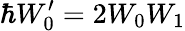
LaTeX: \hbar W_{0}^{\prime}=2W_{0}W_{1}